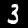
Label: 3